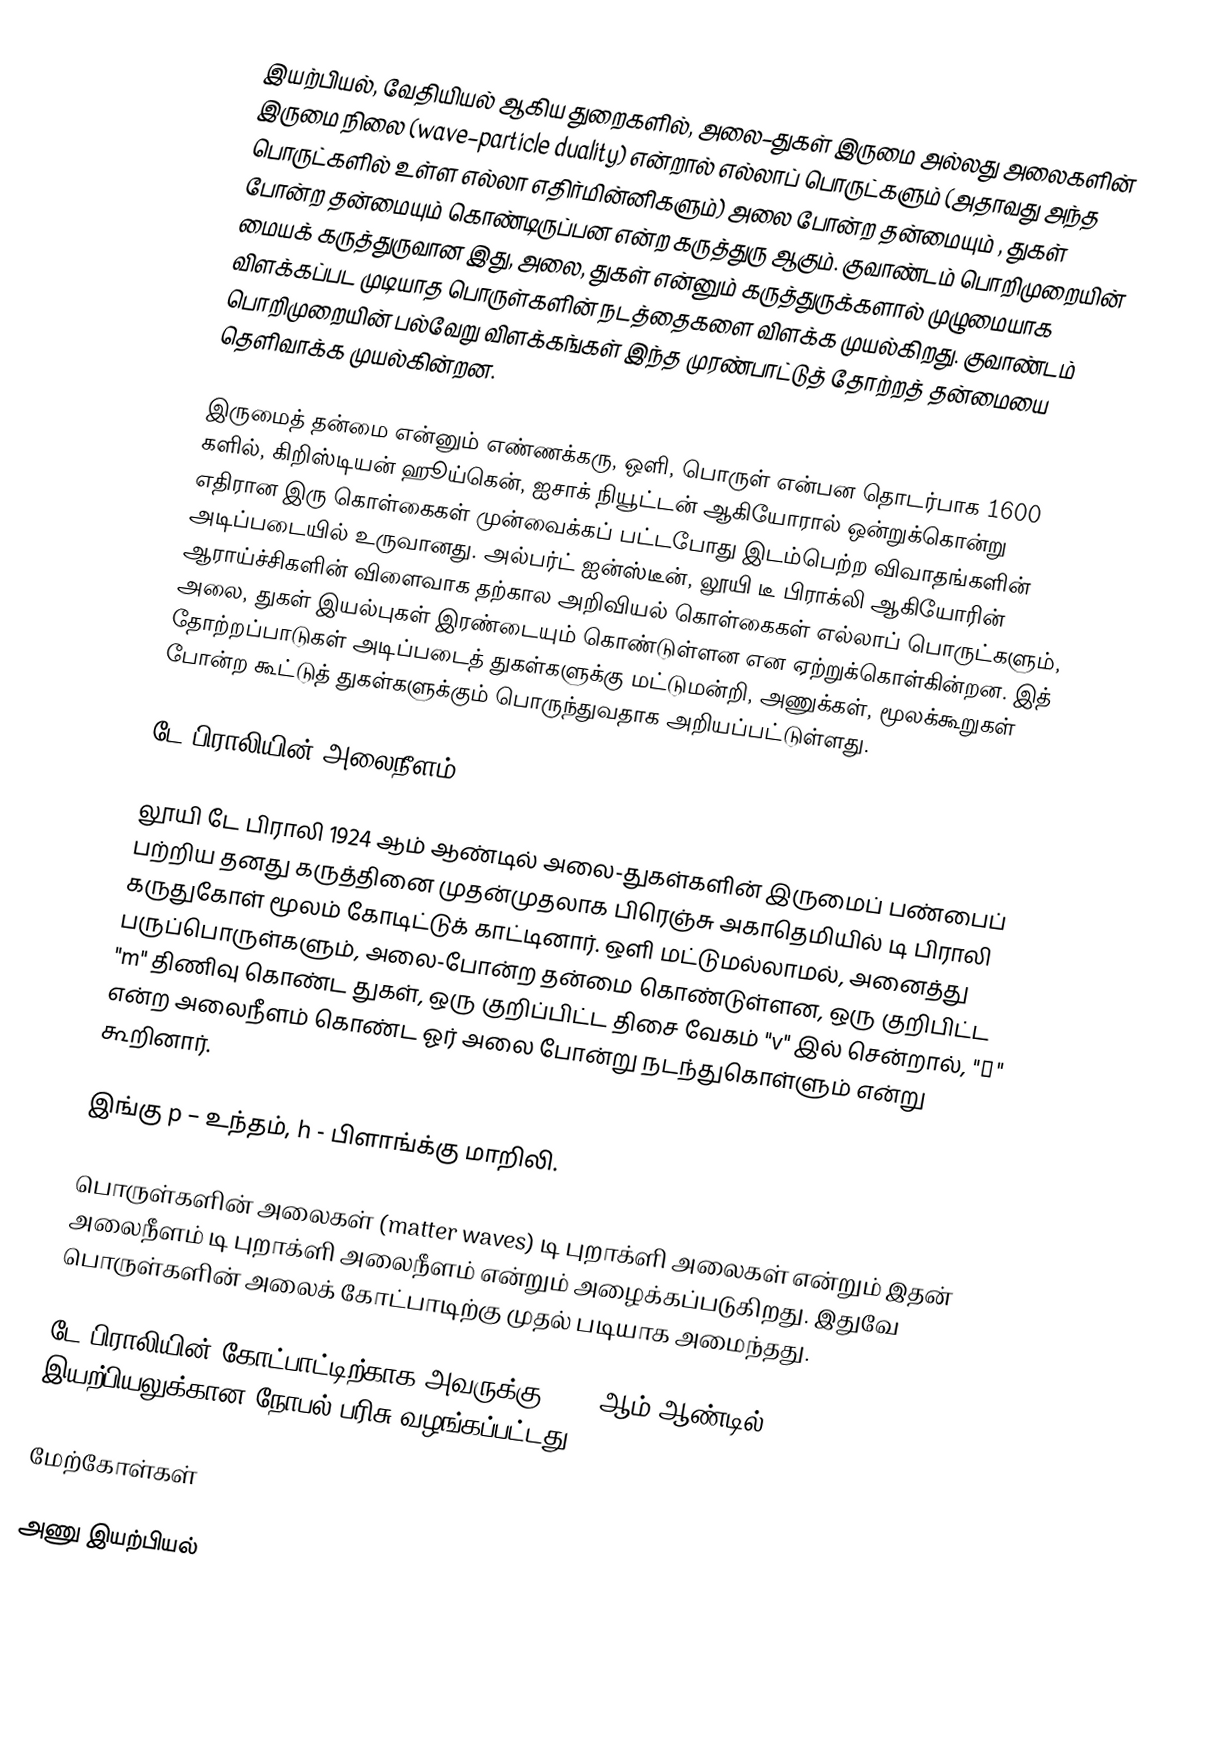
இயற்பியல், வேதியியல் ஆகிய துறைகளில், அலை–துகள் இருமை அல்லது அலைகளின் இருமை நிலை (wave–particle duality) என்றால் எல்லாப் பொருட்களும் (அதாவது அந்த பொருட்களில் உள்ள எல்லா  எதிர்மின்னிகளும்)  அலை போன்ற தன்மையும் , துகள் போன்ற தன்மையும் கொண்டிருப்பன என்ற கருத்துரு ஆகும். குவாண்டம் பொறிமுறையின் மையக் கருத்துருவான இது, அலை, துகள் என்னும் கருத்துருக்களால் முழுமையாக விளக்கப்பட முடியாத பொருள்களின் நடத்தைகளை விளக்க முயல்கிறது. குவாண்டம் பொறிமுறையின் பல்வேறு விளக்கங்கள் இந்த முரண்பாட்டுத் தோற்றத் தன்மையை தெளிவாக்க முயல்கின்றன.

இருமைத் தன்மை என்னும் எண்ணக்கரு, ஒளி, பொருள் என்பன தொடர்பாக 1600 களில், கிறிஸ்டியன் ஹூய்கென், ஐசாக் நியூட்டன் ஆகியோரால் ஒன்றுக்கொன்று எதிரான இரு கொள்கைகள் முன்வைக்கப் பட்டபோது இடம்பெற்ற விவாதங்களின் அடிப்படையில் உருவானது. அல்பர்ட் ஐன்ஸ்டீன், லூயி டீ பிராக்லி ஆகியோரின் ஆராய்ச்சிகளின் விளைவாக தற்கால அறிவியல் கொள்கைகள் எல்லாப் பொருட்களும், அலை, துகள் இயல்புகள் இரண்டையும் கொண்டுள்ளன என ஏற்றுக்கொள்கின்றன. இத் தோற்றப்பாடுகள் அடிப்படைத் துகள்களுக்கு மட்டுமன்றி, அணுக்கள், மூலக்கூறுகள் போன்ற கூட்டுத் துகள்களுக்கும் பொருந்துவதாக அறியப்பட்டுள்ளது.

டே பிராலியின் அலைநீளம்

லூயி டே பிராலி 1924 ஆம் ஆண்டில் அலை-துகள்களின் இருமைப் பண்பைப் பற்றிய தனது கருத்தினை முதன்முதலாக பிரெஞ்சு அகாதெமியில் டி பிராலி கருதுகோள் மூலம் கோடிட்டுக் காட்டினார். ஒளி மட்டுமல்லாமல், அனைத்து பருப்பொருள்களும், அலை-போன்ற தன்மை கொண்டுள்ளன, ஒரு குறிபிட்ட "m" திணிவு கொண்ட துகள், ஒரு குறிப்பிட்ட திசை வேகம் "v" இல் சென்றால், "λ" என்ற அலைநீளம் கொண்ட ஓர் அலை போன்று நடந்துகொள்ளும் என்று கூறினார்.

இங்கு p – உந்தம், h - பிளாங்க்கு மாறிலி.

பொருள்களின் அலைகள் (matter waves) டி புறாக்ளி அலைகள் என்றும் இதன் அலைநீளம் டி புறாக்ளி அலைநீளம் என்றும் அழைக்கப்படுகிறது. இதுவே பொருள்களின் அலைக் கோட்பாடிற்கு முதல் படியாக அமைந்தது.

டே பிராலியின் கோட்பாட்டிற்காக அவருக்கு 1929 ஆம் ஆண்டில் இயற்பியலுக்கான நோபல் பரிசு வழங்கப்பட்டது.

மேற்கோள்கள்

அணு இயற்பியல்